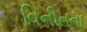
વિનીતતા